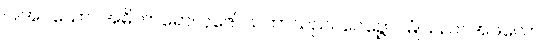
ပြုအပ်သော။ အဓိကာရော၊ ပူဇော်သကာသည်။ ဝေဉ္ဇော၊ မြုံသည်။ အဖလော၊